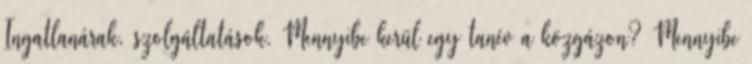
Ingatlanárak, szolgáltatások. Mennyibe kerül egy tanév a közgázon? Mennyibe